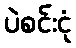
ပဲစင်းငုံ